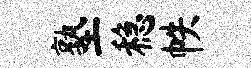
塾稳帙